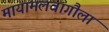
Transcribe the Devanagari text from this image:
मायामलवागौला